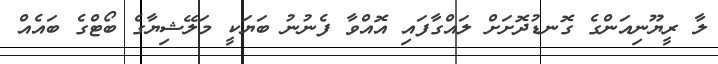
ލާ ރީޔޫނިއަންގެ ގޮނޑުދޮށަށް ލައްގާފައި އޮއްވާ ފެނުނު ބަޔަކީ މަލޭޝިޔާގެ ބޯޓްގެ ބައެއް